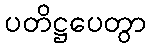
ပတိဋ္ဌပေတွာ